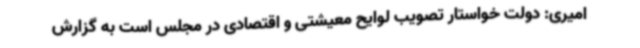
امیری: دولت خواستار تصویب لوایح معیشتی و اقتصادی در مجلس است به گزارش